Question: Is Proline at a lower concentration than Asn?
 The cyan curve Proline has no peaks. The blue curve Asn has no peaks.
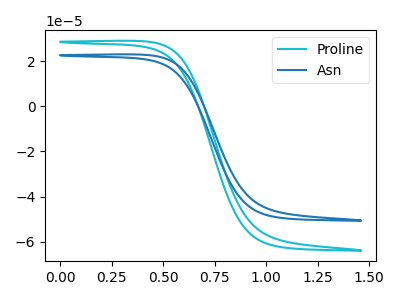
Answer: <think>Neither "Asn" or "Proline" have any peaks.
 </think>
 <answer>I cant tell if "Asn" or "Proline" has higher concentration.</answer>
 <eval>mixed_concentration</eval>